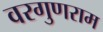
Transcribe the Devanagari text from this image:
वरगुणराम